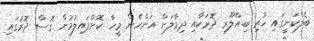
ބެލްކަނީގައި ހުރި ބިއްލޫރި ދޮރަކާއި ދިމާލަށް އަންހެން މީހާ ކޮށްޕައިލުމުން ގޮސް ދޮރުގައި